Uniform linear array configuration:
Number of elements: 8
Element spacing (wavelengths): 1
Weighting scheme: uniform
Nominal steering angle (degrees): -30
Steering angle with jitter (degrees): -30.937
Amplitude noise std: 0.05
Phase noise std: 0.05

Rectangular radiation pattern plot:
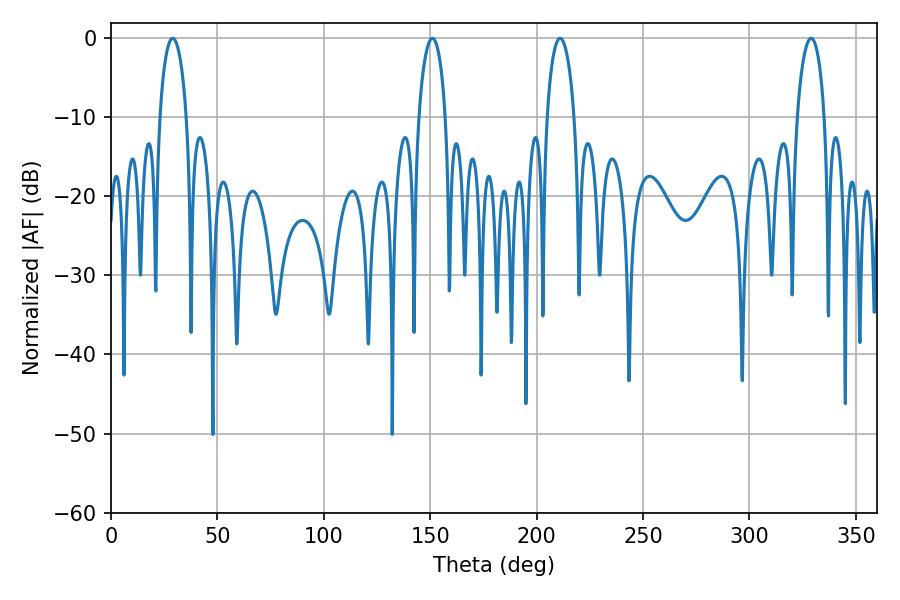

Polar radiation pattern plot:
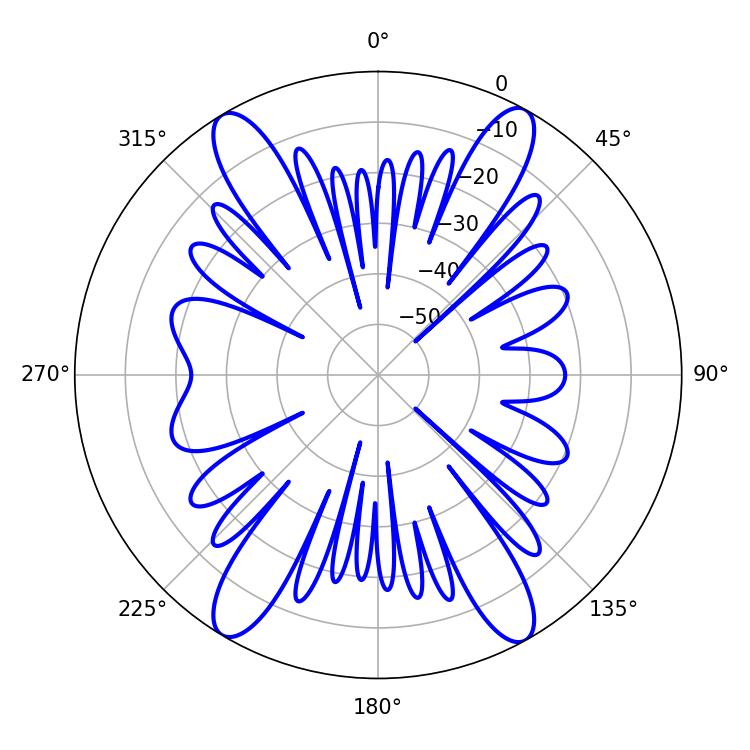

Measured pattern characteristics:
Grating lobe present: TRUE
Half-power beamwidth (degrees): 7.2
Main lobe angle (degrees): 151.02